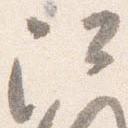
阿